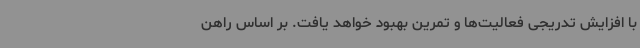
با افزایش تدریجی فعالیت‌ها و تمرین بهبود خواهد یافت. بر اساس راهن